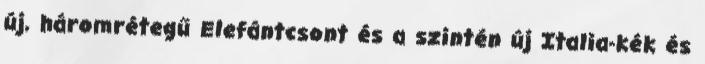
új, háromrétegű Elefántcsont és a szintén új Italia-kék és